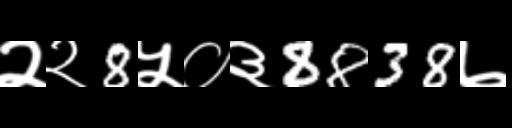
Text: २२8५०३8838७